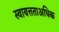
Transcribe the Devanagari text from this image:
स्वायत्तताअधिक